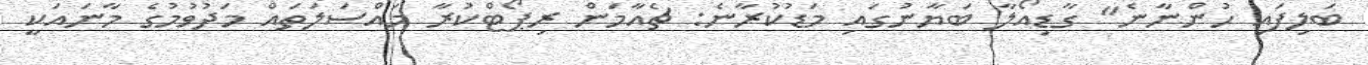
ބަލިފައި ހުންނާނެ" ގާޑިއޯލާ ބަޔާނުގައި މަޑުކުރާނެ: ޗެއާމަން ރިޕޯޓްކުރާ މައްސަލަތައް މަދުވުމުގެ މާނައަކީ